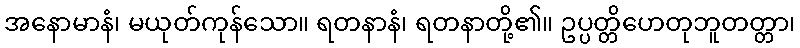
အနောမာနံ၊ မယုတ်ကုန်သော။ ရတနာနံ၊ ရတနာတို့၏။ ဥပ္ပတ္တိဟေတုဘူတတ္တာ၊